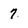
Character: 7